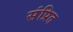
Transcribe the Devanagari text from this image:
संप्रित